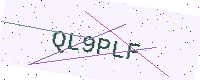
Text: QL9PLF